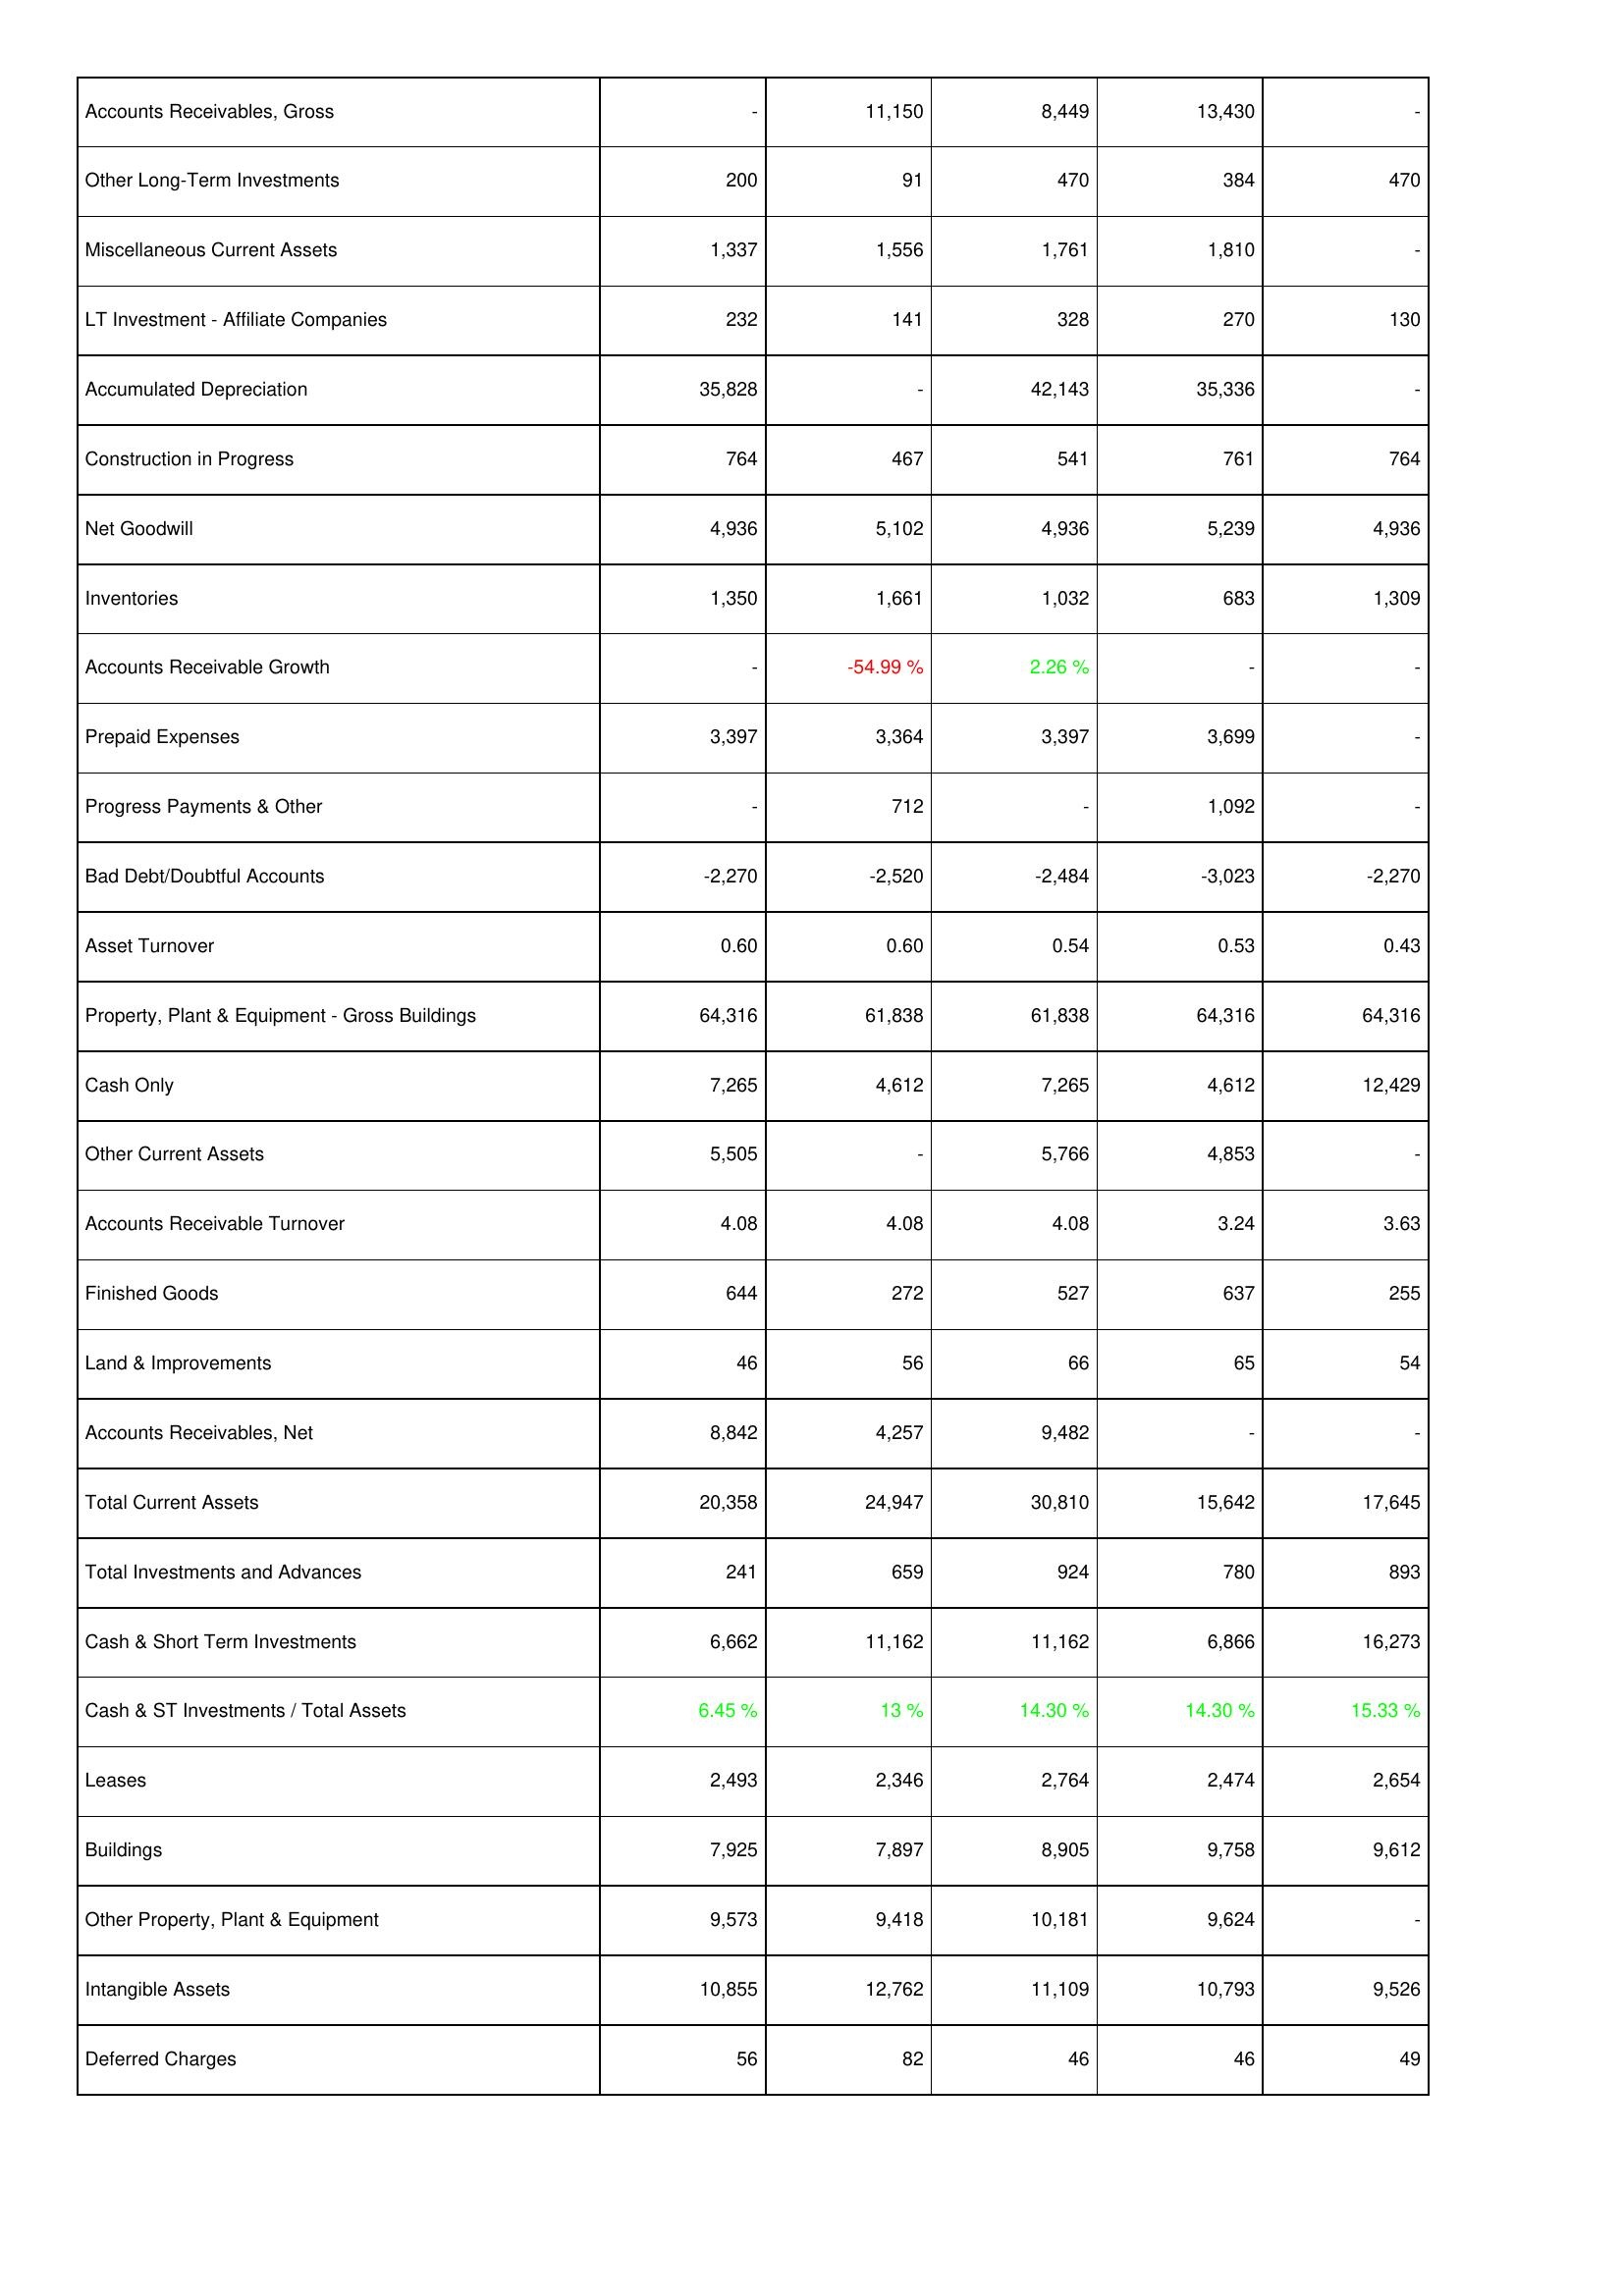
2006: Assets: Accounts Receivables, Gross: -
Other Long-Term Investments: 200
Miscellaneous Current Assets: 1,337
LT Investment - Affiliate Companies: 232
Accumulated Depreciation: 35,828
Construction in Progress: 764
Net Goodwill: 4,936
Inventories: 1,350
Accounts Receivable Growth: -
Prepaid Expenses: 3,397
Progress Payments & Other: -
Bad Debt/Doubtful Accounts: -2,270
Asset Turnover: 0.60
Property, Plant & Equipment - Gross Buildings: 64,316
Cash Only: 7,265
Other Current Assets: 5,505
Accounts Receivable Turnover: 4.08
Finished Goods: 644
Land & Improvements: 46
Accounts Receivables, Net: 8,842
Total Current Assets: 20,358
Total Investments and Advances: 241
Cash & Short Term Investments: 6,662
Cash & ST Investments / Total Assets: 6.45 %
Leases: 2,493
Buildings: 7,925
Other Property, Plant & Equipment: 9,573
Intangible Assets: 10,855
Deferred Charges: 56
2007: Assets: Accounts Receivables, Gross: 11,150
Other Long-Term Investments: 91
Miscellaneous Current Assets: 1,556
LT Investment - Affiliate Companies: 141
Accumulated Depreciation: -
Construction in Progress: 467
Net Goodwill: 5,102
Inventories: 1,661
Accounts Receivable Growth: -54.99 %
Prepaid Expenses: 3,364
Progress Payments & Other: 712
Bad Debt/Doubtful Accounts: -2,520
Asset Turnover: 0.60
Property, Plant & Equipment - Gross Buildings: 61,838
Cash Only: 4,612
Other Current Assets: -
Accounts Receivable Turnover: 4.08
Finished Goods: 272
Land & Improvements: 56
Accounts Receivables, Net: 4,257
Total Current Assets: 24,947
Total Investments and Advances: 659
Cash & Short Term Investments: 11,162
Cash & ST Investments / Total Assets: 13 %
Leases: 2,346
Buildings: 7,897
Other Property, Plant & Equipment: 9,418
Intangible Assets: 12,762
Deferred Charges: 82
2008: Assets: Accounts Receivables, Gross: 8,449
Other Long-Term Investments: 470
Miscellaneous Current Assets: 1,761
LT Investment - Affiliate Companies: 328
Accumulated Depreciation: 42,143
Construction in Progress: 541
Net Goodwill: 4,936
Inventories: 1,032
Accounts Receivable Growth: 2.26 %
Prepaid Expenses: 3,397
Progress Payments & Other: -
Bad Debt/Doubtful Accounts: -2,484
Asset Turnover: 0.54
Property, Plant & Equipment - Gross Buildings: 61,838
Cash Only: 7,265
Other Current Assets: 5,766
Accounts Receivable Turnover: 4.08
Finished Goods: 527
Land & Improvements: 66
Accounts Receivables, Net: 9,482
Total Current Assets: 30,810
Total Investments and Advances: 924
Cash & Short Term Investments: 11,162
Cash & ST Investments / Total Assets: 14.30 %
Leases: 2,764
Buildings: 8,905
Other Property, Plant & Equipment: 10,181
Intangible Assets: 11,109
Deferred Charges: 46
2009: Assets: Accounts Receivables, Gross: 13,430
Other Long-Term Investments: 384
Miscellaneous Current Assets: 1,810
LT Investment - Affiliate Companies: 270
Accumulated Depreciation: 35,336
Construction in Progress: 761
Net Goodwill: 5,239
Inventories: 683
Accounts Receivable Growth: -
Prepaid Expenses: 3,699
Progress Payments & Other: 1,092
Bad Debt/Doubtful Accounts: -3,023
Asset Turnover: 0.53
Property, Plant & Equipment - Gross Buildings: 64,316
Cash Only: 4,612
Other Current Assets: 4,853
Accounts Receivable Turnover: 3.24
Finished Goods: 637
Land & Improvements: 65
Accounts Receivables, Net: -
Total Current Assets: 15,642
Total Investments and Advances: 780
Cash & Short Term Investments: 6,866
Cash & ST Investments / Total Assets: 14.30 %
Leases: 2,474
Buildings: 9,758
Other Property, Plant & Equipment: 9,624
Intangible Assets: 10,793
Deferred Charges: 46
2010: Assets: Accounts Receivables, Gross: -
Other Long-Term Investments: 470
Miscellaneous Current Assets: -
LT Investment - Affiliate Companies: 130
Accumulated Depreciation: -
Construction in Progress: 764
Net Goodwill: 4,936
Inventories: 1,309
Accounts Receivable Growth: -
Prepaid Expenses: -
Progress Payments & Other: -
Bad Debt/Doubtful Accounts: -2,270
Asset Turnover: 0.43
Property, Plant & Equipment - Gross Buildings: 64,316
Cash Only: 12,429
Other Current Assets: -
Accounts Receivable Turnover: 3.63
Finished Goods: 255
Land & Improvements: 54
Accounts Receivables, Net: -
Total Current Assets: 17,645
Total Investments and Advances: 893
Cash & Short Term Investments: 16,273
Cash & ST Investments / Total Assets: 15.33 %
Leases: 2,654
Buildings: 9,612
Other Property, Plant & Equipment: -
Intangible Assets: 9,526
Deferred Charges: 49